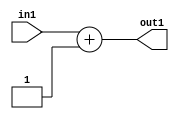
`timescale 1ps / 1ps
/*****************************************************************************
    Verilog RTL Description
    
    
    Created by: Stratus DpOpt 2019.1.01 
*******************************************************************************/

module SobelFilter_Add2i1u2_1 (
	in1,
	out1
	); /* architecture "behavioural" */ 
input [1:0] in1;
output [1:0] out1;
wire [1:0] asc001;

assign asc001 = 
	+(in1)
	+(2'B01);

assign out1 = asc001;
endmodule

/* CADENCE  urb3TAo= : u9/ySgnWtBlWxVPRXgAZ4Og= ** DO NOT EDIT THIS LINE ******/